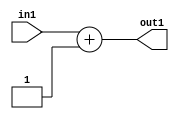
`timescale 1ps / 1ps
/*****************************************************************************
    Verilog RTL Description
    
    
    Created by: Stratus DpOpt 2019.1.01 
*******************************************************************************/

module SobelFilter_Add2i1u2_1 (
	in1,
	out1
	); /* architecture "behavioural" */ 
input [1:0] in1;
output [1:0] out1;
wire [1:0] asc001;

assign asc001 = 
	+(in1)
	+(2'B01);

assign out1 = asc001;
endmodule

/* CADENCE  urb3TAo= : u9/ySgnWtBlWxVPRXgAZ4Og= ** DO NOT EDIT THIS LINE ******/